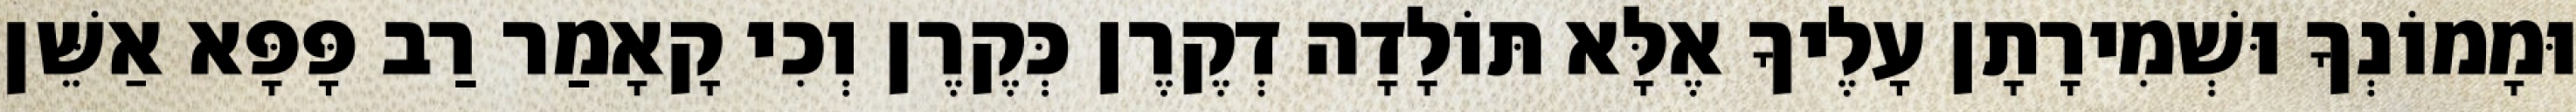
וּמָמוֹנְךָ וּשְׁמִירָתָן עָלֶיךָ אֶלָּא תּוֹלָדָה דְקֶרֶן כְּקֶרֶן וְכִי קָאָמַר רַב פָּפָּא אַשֵּׁן